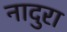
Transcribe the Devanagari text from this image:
नादुरा